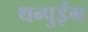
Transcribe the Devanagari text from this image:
थन्पुईंग